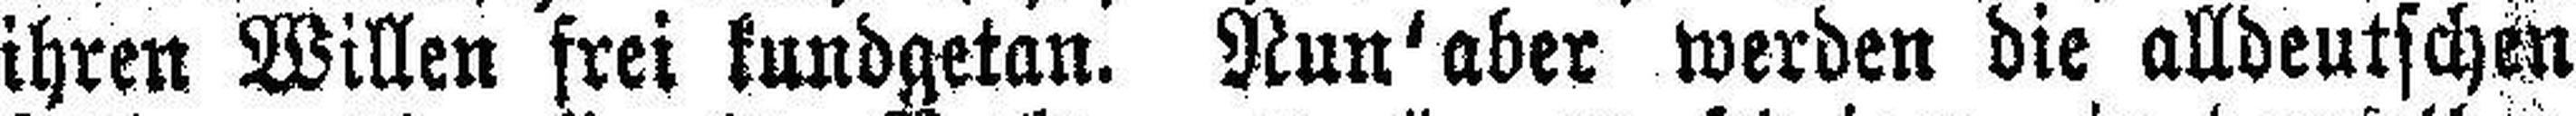
ihren Willen frei kundgetan. Nun' aber werden die alldeutschen